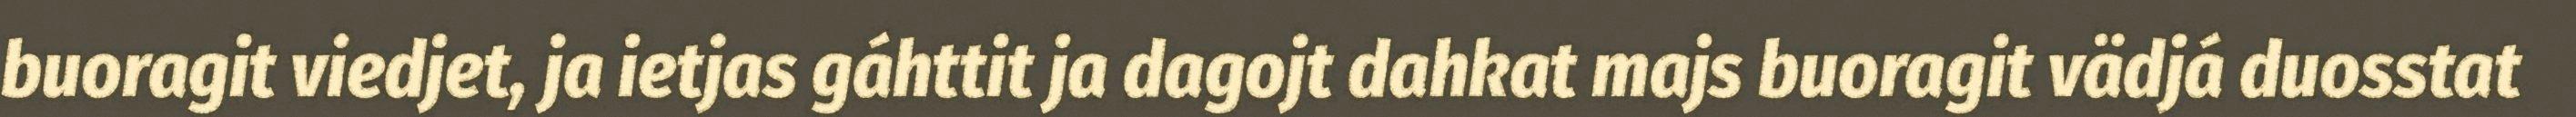
buoragit viedjet, ja ietjas gáhttit ja dagojt dahkat majs buoragit vädjá duosstat